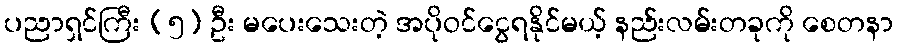
ပညာရှင်ကြီး (၅) ဦး မပေးသေးတဲ့ အပိုဝင်ငွေရနိုင်မယ့် နည်းလမ်းတခုကို စေတနာ